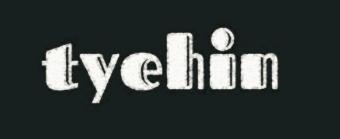
tyehin